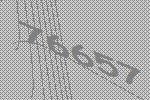
76657